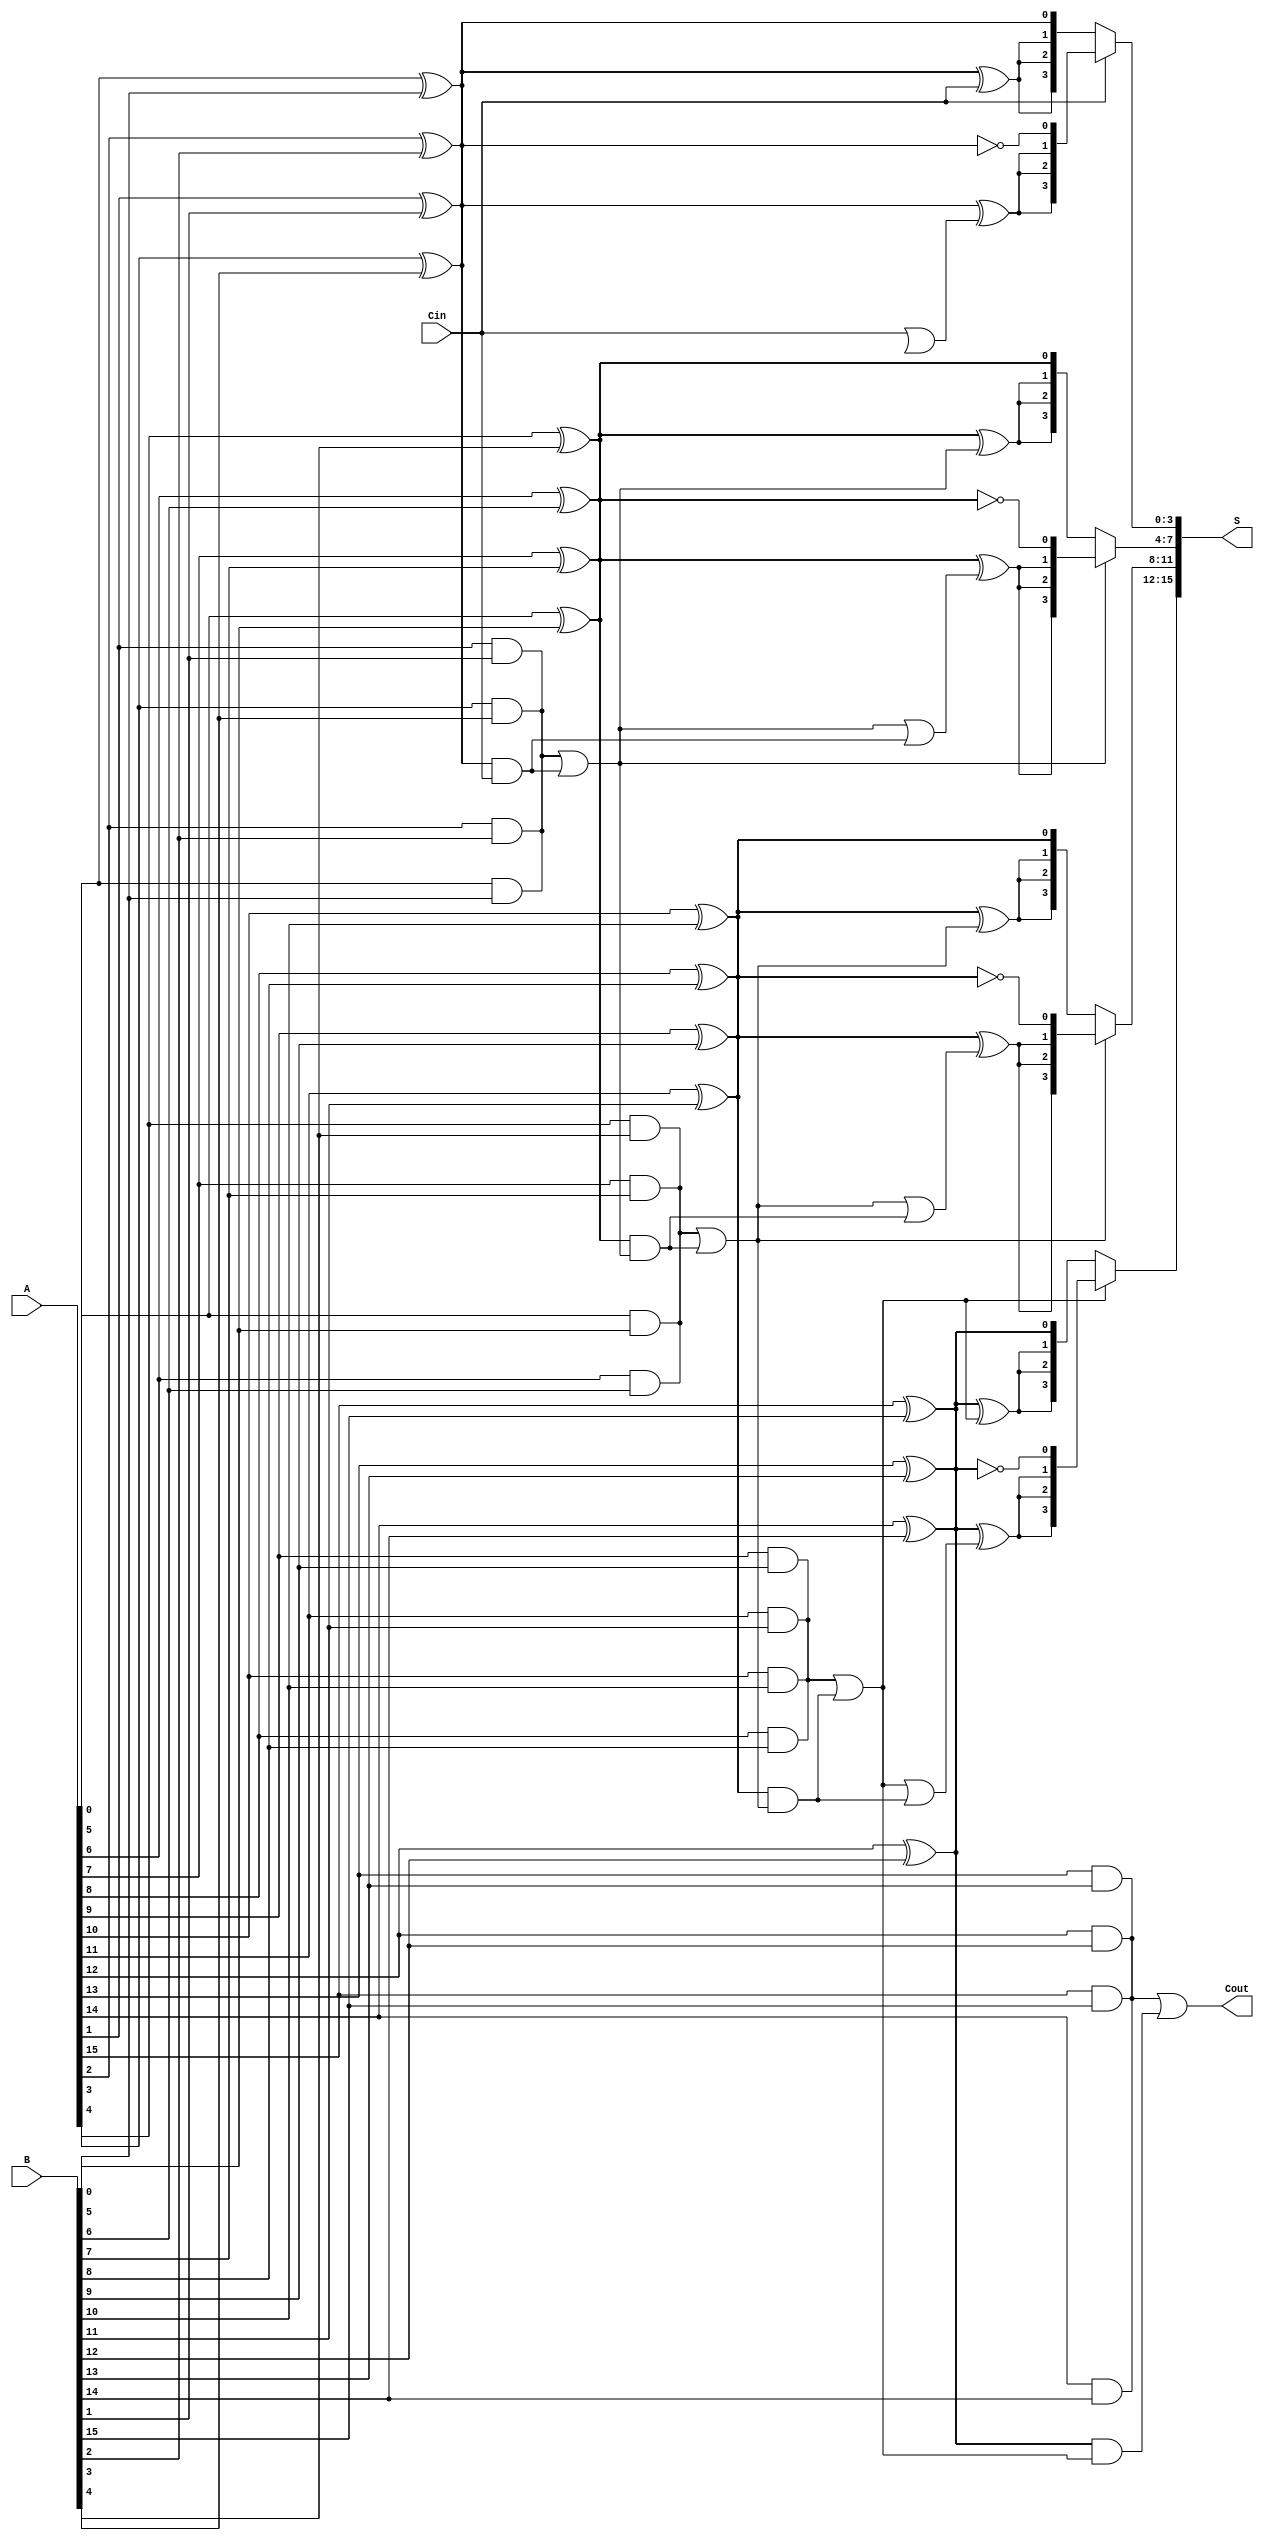
module CarrySelectAdder #(parameter N = 16, parameter M = 4) (
    input [N-1:0] A,
    input [N-1:0] B,
    input Cin,
    output [N-1:0] S,
    output Cout
);

    // Internal signals
    wire [N/M-1:0] G; // Generate signals for each segment
    wire [N/M-1:0] P; // Propagate signals for each segment
    wire [N/M:0] C;   // Carry signals for each segment
    wire [N-1:0] S0, S1; // Sum outputs for carry-in 0 and 1

    // Generate and propagate signals for each bit
    genvar i, j;
    generate
        for (i = 0; i < N; i = i + 1) begin : gen_prop
            assign G[i/M] = A[i] & B[i]; // Generate
            assign P[i/M] = A[i] ^ B[i]; // Propagate
        end
    endgenerate

    // Carry Lookahead Logic
    assign C[0] = Cin; // Initial carry-in
    generate
        for (j = 0; j < N/M; j = j + 1) begin : carry_logic
            if (j == 0) begin
                assign C[j+1] = G[j] | (P[j] & C[j]);
            end else begin
                assign C[j+1] = G[j] | (P[j] & C[j]);
            end
        end
    endgenerate

    // Sum calculation for carry-in 0 and 1
    generate
        for (j = 0; j < N/M; j = j + 1) begin : sum_calc
            for (i = 0; i < M; i = i + 1) begin : sum_bits
                if (i == 0) begin
                    assign S0[j*M + i] = A[j*M + i] ^ B[j*M + i] ^ 1'b0; // Carry-in 0
                    assign S1[j*M + i] = A[j*M + i] ^ B[j*M + i] ^ 1'b1; // Carry-in 1
                end else begin
                    assign S0[j*M + i] = A[j*M + i] ^ B[j*M + i] ^ C[j]; // Carry-in from previous segment
                    assign S1[j*M + i] = A[j*M + i] ^ B[j*M + i] ^ (C[j] | (C[j-1] & P[j-1])); // Carry-in from previous segment
                end
            end
        end
    endgenerate

    // Final Sum and Cout
    generate
        for (j = 0; j < N/M; j = j + 1) begin : final_sum
            assign S[j*M +: M] = C[j] ? S1[j*M +: M] : S0[j*M +: M]; // Select sum based on carry
        end
    endgenerate

    assign Cout = C[N/M]; // Final carry-out

endmodule